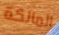
المالكة